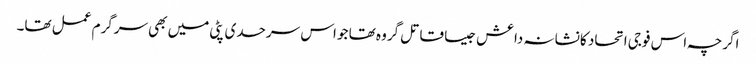
اگرچہ اس فوجی اتحاد کا نشانہ داعش جیسا قاتل گروہ تھا جو اس سرحدی پٹی میں بھی سرگرم عمل تھا۔